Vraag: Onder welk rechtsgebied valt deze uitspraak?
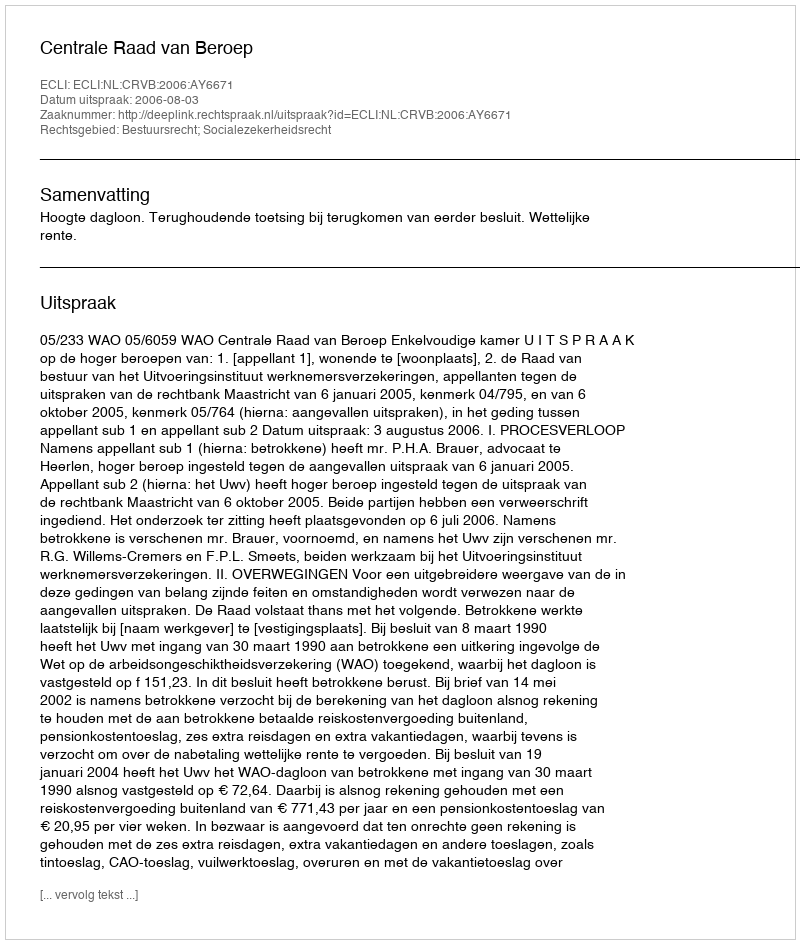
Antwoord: Bestuursrecht; Socialezekerheidsrecht